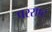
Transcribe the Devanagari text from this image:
परराष्ट